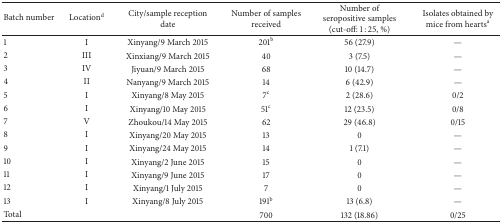
| Batch number | Locationd | City/sample reception date | Number of samples received | Number of seropositive samples (cut-off: 1 : 25, %) | Isolates obtained by mice from heartsa |
 | --- | --- | --- | --- | --- | --- |
 | 1 | I | Xinyang/9 March 2015 | 201b | 56 (27.9) | — |
 | 2 | III | Xinxiang/9 March 2015 | 40 | 3 (7.5) | — |
 | 3 | IV | Jiyuan/9 March 2015 | 68 | 10 (14.7) | — |
 | 4 | II | Nanyang/9 March 2015 | 14 | 6 (42.9) | — |
 | 5 | I | Xinyang/8 May 2015 | 7c | 2 (28.6) | 0/2 |
 | 6 | I | Xinyang/10 May 2015 | 51c | 12 (23.5) | 0/8 |
 | 7 | V | Zhoukou/14 May 2015 | 62 | 29 (46.8) | 0/15 |
 | 8 | I | Xinyang/20 May 2015 | 13 | 0 | — |
 | 9 | I | Xinyang/24 May 2015 | 14 | 1 (7.1) | — |
 | 10 | I | Xinyang/2 June 2015 | 15 | 0 | — |
 | 11 | I | Xinyang/9 June 2015 | 17 | 0 | — |
 | 12 | I | Xinyang/1 July 2015 | 7 | 0 | — |
 | 13 | I | Xinyang/8 July 2015 | 191b | 13 (6.8) | — |
 | Total |  |  | 700 | 132 (18.86) | 0/25 |